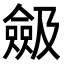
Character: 𠐖